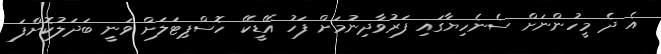
އެ ދެ މީހުންނަށް ސެނެހިޔާގައި ފަރުވާދިނުމަށް ފަހު އޭޑީކޭ ހޮސްޕިޓަލަށް ވަނީ ބަދަލުކޮށްފަ